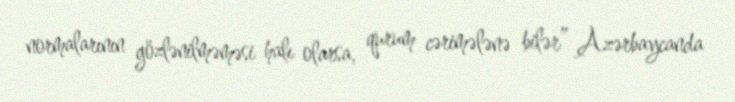
normalarının gözlənilməməsi halı olarsa, qurum cərimələnə bilər” Azərbaycanda